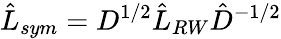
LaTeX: \hat{L}_{sym}=D^{1/2}\hat{L}_{RW}\hat{D}^{-1/2}